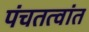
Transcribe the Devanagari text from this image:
पंचतत्वांत